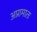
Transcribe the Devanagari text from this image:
अप्रामातः